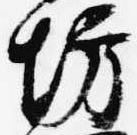
坊